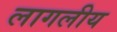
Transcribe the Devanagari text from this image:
लागलीय